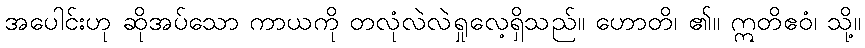
အပေါင်းဟု ဆိုအပ်သော ကာယကို တလုံလဲလဲရှုလေ့ရှိသည်။ ဟောတိ၊ ၏။ ဣတိဧဝံ၊ သို့။